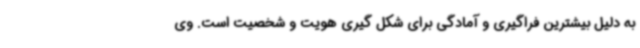
به دلیل بیشترین فراگیری و آمادگی برای شکل گیری هویت و شخصیت است. وی